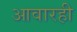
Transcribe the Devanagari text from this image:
आवारही